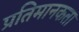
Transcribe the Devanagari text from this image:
प्रतिमानकता